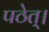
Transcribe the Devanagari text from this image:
पठेत्‌।